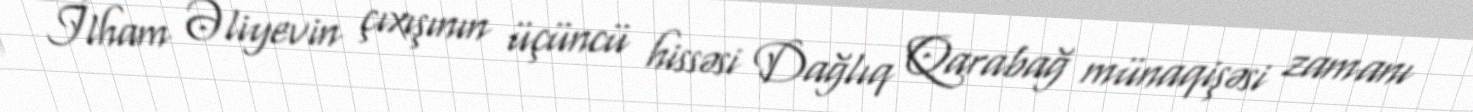
İlham Əliyevin çıxışının üçüncü hissəsi Dağlıq Qarabağ münaqişəsi zamanı